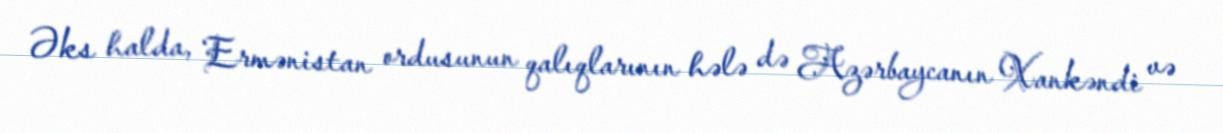
Əks halda, Ermənistan ordusunun qalıqlarının hələ də Azərbaycanın Xankəndi və